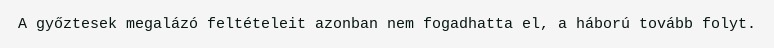
A győztesek megalázó feltételeit azonban nem fogadhatta el, a háború tovább folyt.